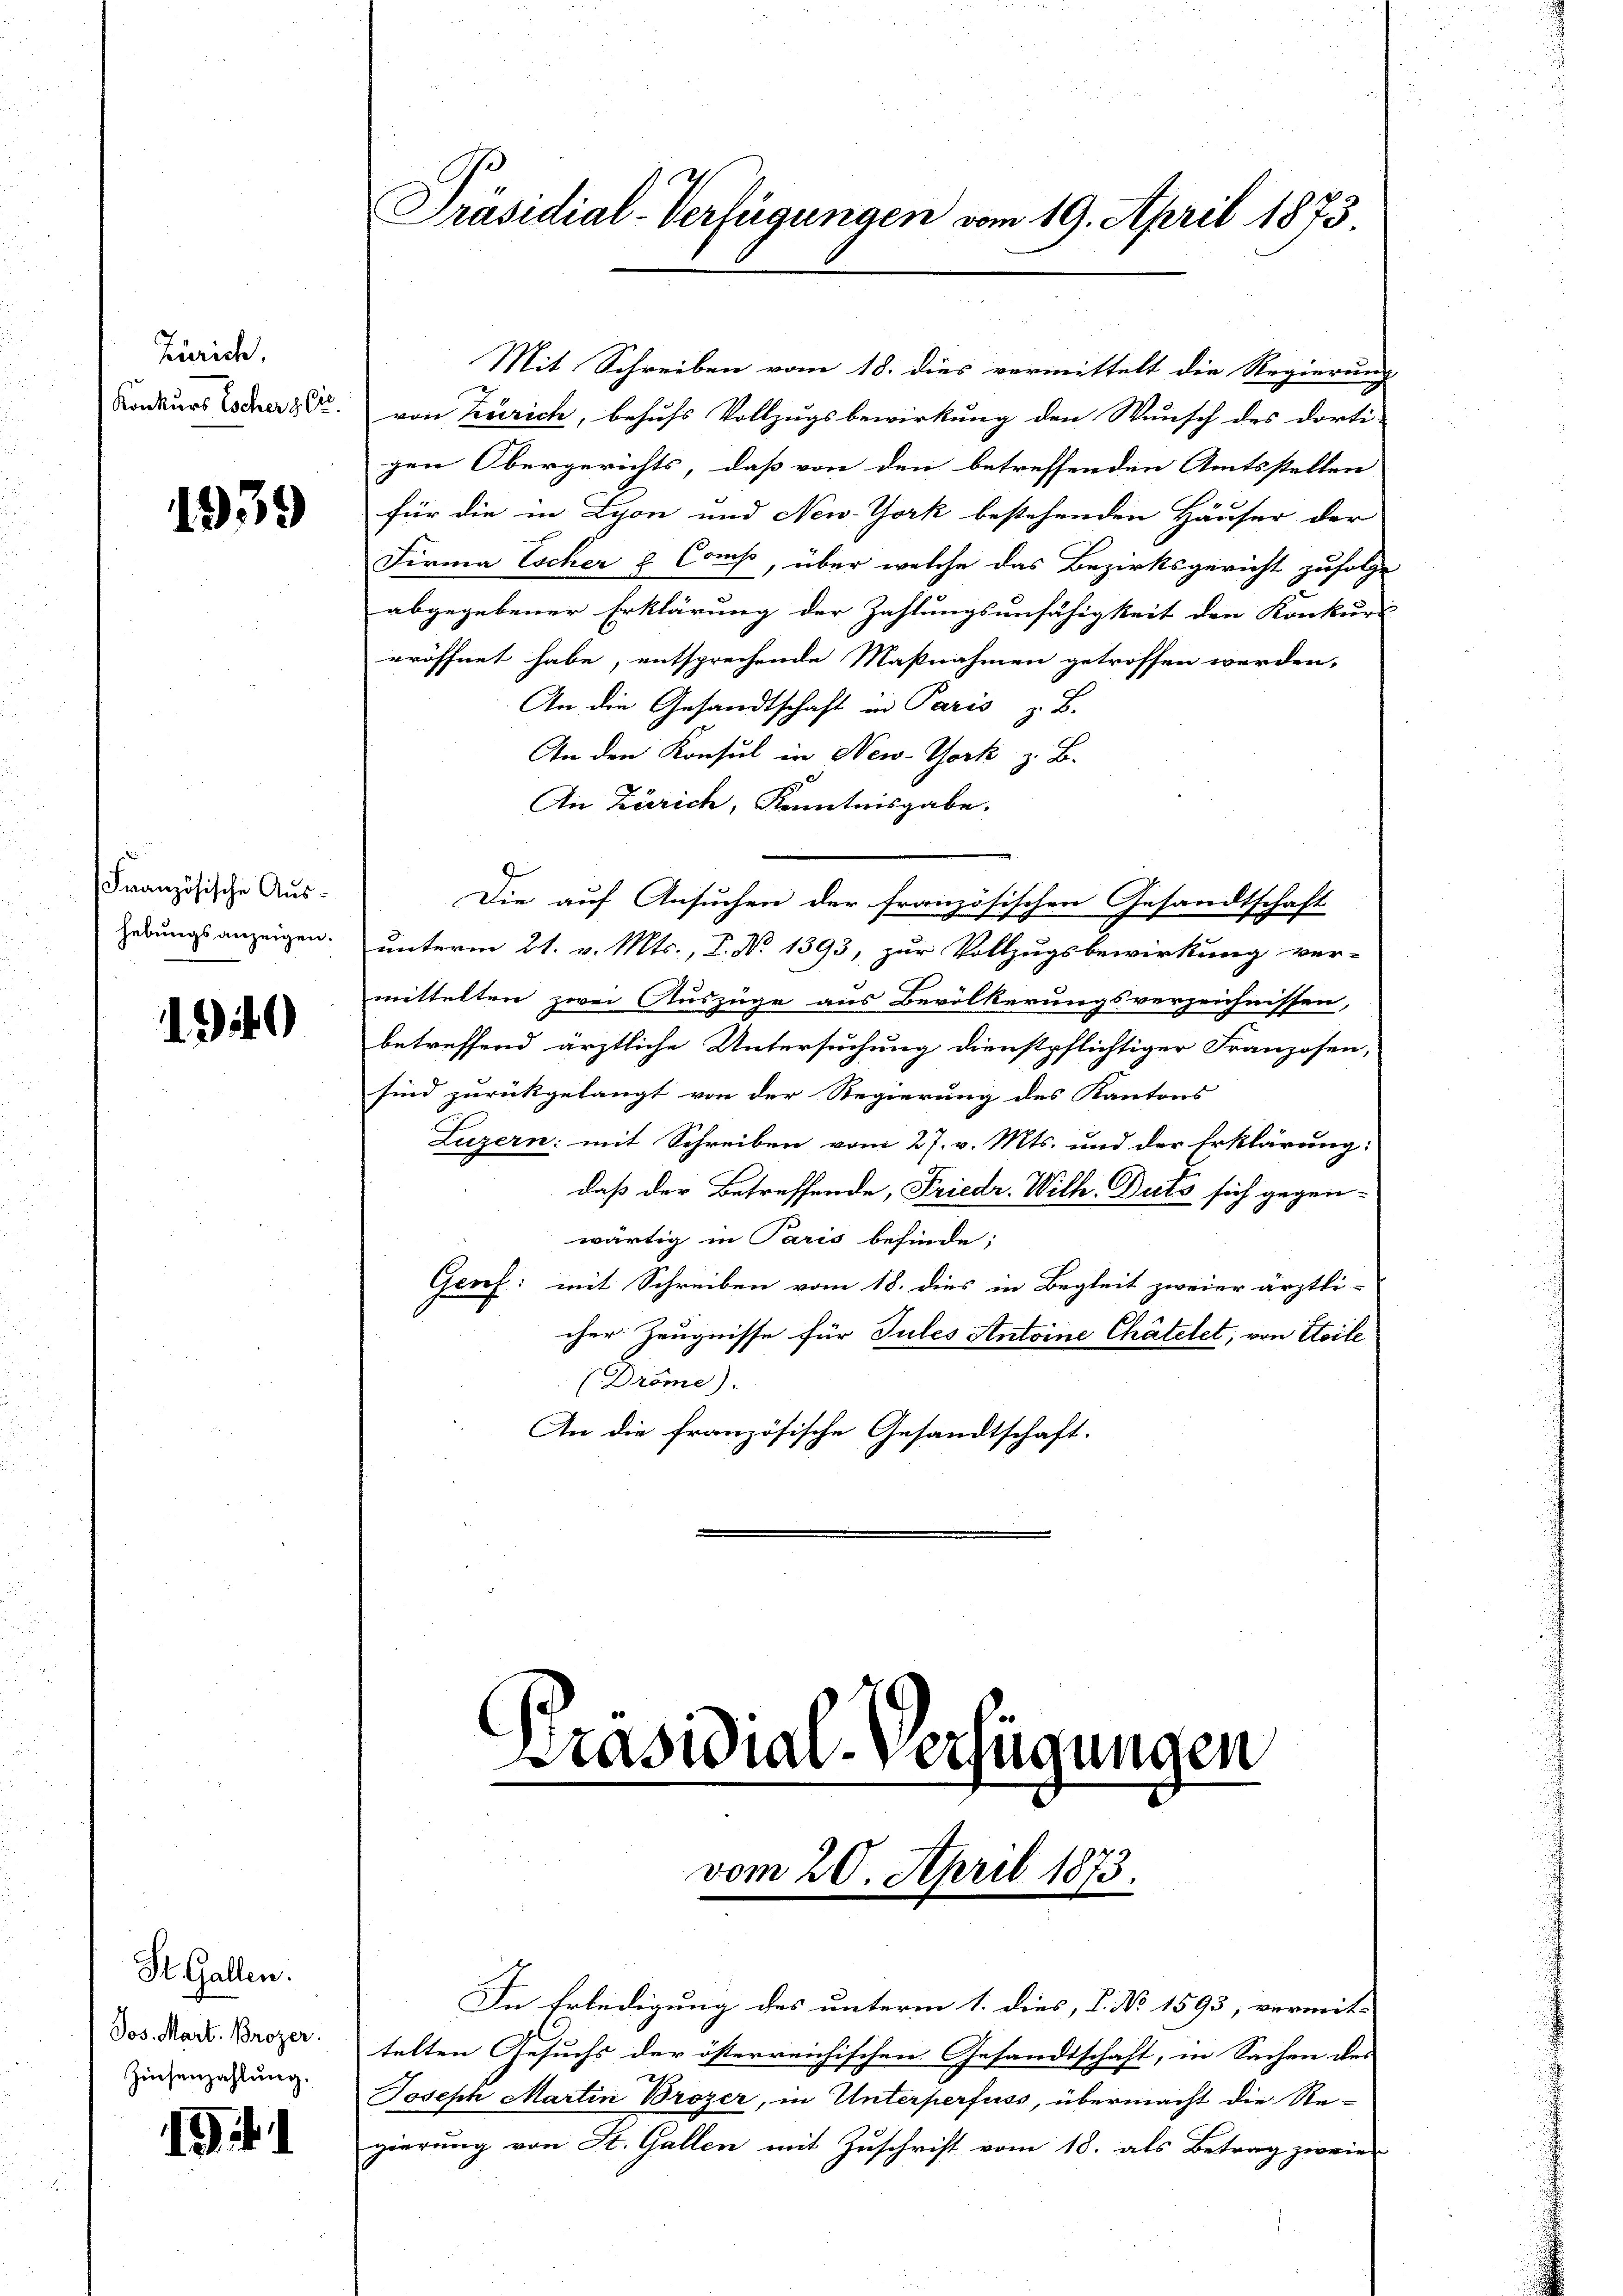
Zürich.
Konkurs Escher & Cie.

1939

Französische Aushebungsanzeigen.

1340

St. Gallen.
Jos. Mart. Brozer.
Zinsenzahlung.

19.

Präsidial-Verfügungen vom 19. April 1873

Mit Schreiben vom 18. dies vermittelt die Regierung
von Zürich, behufs Vollzugsbewirkung den Wunsch des dorti-
gen Obergerichts, daß von den betreffenden Amtsstellen
für die in Lyon und New-York bestehenden Häuser der
Firma Escher & Comps, über welche das Bezirksgericht zufolge
abgegebener Erklärung der Zahlungsunfähigkeit den Konkurs
eröffnet habe, entsprechende Maßnahmen getroffen werden,
An die Gesandtschaft in Paris z. B.
An den Konsul in New-York z. B.
An Zürich, Kenntnisgabe.
Die auf Ansuchen der französischen Gesandtschaft
unterm 21. v. Mts., L. No 1393, zur Vollzugsbewirkung ver-
mittelten zwei Auszüge aus Bevölkerungsverzeichnissen,
betreffend ärztliche Untersuchung dienstpflichtiger Franzosen,
sind zurückgelangt von der Regierung des Kantons
Luzern mit Schreiben vom 27. v. Mts. und der Erklärung:
daß der Betreffende, Friedr. Wilh. Duts sich gegen-
wärtig in Paris befinde;
Genf; mit Schreiben vom 18. dies in Begleit zweier ärztli-
cher Zeugnisse für Tules Antoine Chätelet, von Etoile
(Dröme).
An die französische Gesandtschaft.

Präsidial-Verfügungen
vom 20. April 1873.

In Erledigung des unterm 1. dies, P. No 1593, vermit-
telten Gesuchs der österreichischen Gesandtschaft, in Sachen des
Joseph Martin Brozer, in Unterperfuss, übermacht die Re-
gierung von St. Gallen mit Zuschrift vom 18. als Betrag zweier